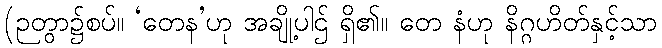
(ဉတွာ၌စပ်။ ‘တေန’ဟု အချို့ပါဌ် ရှိ၏။ တေ နံဟု နိဂ္ဂဟိတ်နှင့်သာ